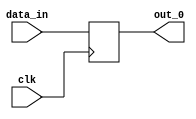
module shift_reg
 #( parameter shift = 1)
(
    input clk, data_in,    
    output out_0);
 

   reg [shift-1:0] reg_0 = {shift{1'b0}};

   always @(posedge clk)
      begin
      if (shift == 1)
        reg_0 <= data_in;
      
      else
        reg_0  <= {data_in, reg_0[shift-1:1]};
      end

   assign out_0 = reg_0[0];
					
endmodule